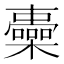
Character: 𣟏